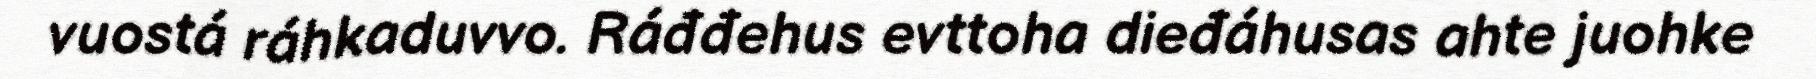
vuostá ráhkaduvvo. Ráđđehus evttoha dieđáhusas ahte juohke